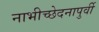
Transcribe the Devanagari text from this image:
नाभीच्छेदनापुर्वी